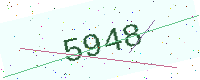
Text: 5948